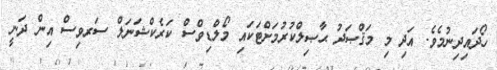
ހޯދައިދިނުމެވެ. އަދި މި މަޤްޞަދު ޙާޞިލްކުރުމަށްޓަކައި މޯލްޑިވްސް ކަރެކްޝަނަލް ސަރވިސް އިން ދަނީ